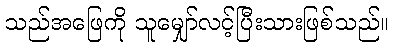
သည်အဖြေကို သူမျှော်လင့်ပြီးသားဖြစ်သည်။